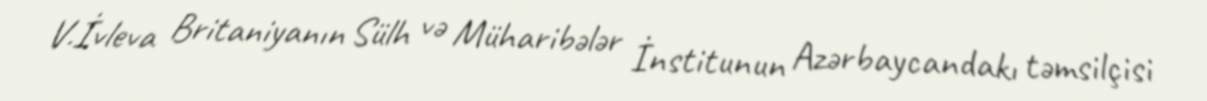
V.İvleva Britaniyanın Sülh və Müharibələr İnstitunun Azərbaycandakı təmsilçisi